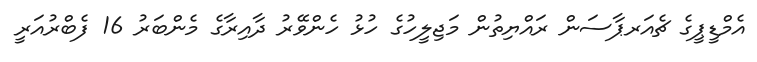
އެމްޑީޕީގެ ޗެއަރޕާސަން ރައްޔިތުން މަޖިލީހުގެ ހުޅު ހެންވޭރު ދާއިރާގެ މެންބަރު 16 ފެބްރުއަރީ